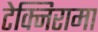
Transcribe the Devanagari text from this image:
टेक्निरामा